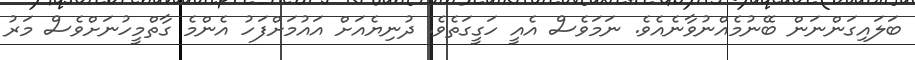
ބަލައިގަންނަން ބޭނުމެއްނުވާނެއެވެ. ނަމަވެސް އެއީ ހަގީގަތެވެ. ދުނިޔެއަށް އައުމަށްފަހު އެންމެ ގާތްމީހުނަށްވެސް މަރު